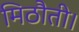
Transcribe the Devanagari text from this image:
मिठौती।